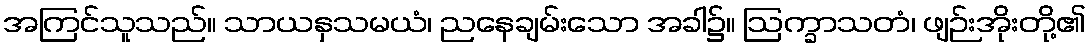
အကြင်သူသည်။ သာယနှသမယံ၊ ညနေချမ်းသော အခါ၌။ ဩက္ခာသတံ၊ ဖျဉ်းအိုးတို့၏